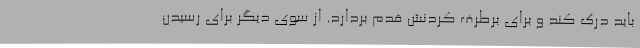
باید درک کند و برای برطرف کردنش قدم بردارد. از سوی دیگر برای رسیدن